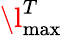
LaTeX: \l_{\operatorname*{max}}^{T}